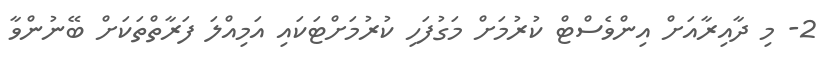
2- މި ދާއިރާއަށް އިންވެސްޓް ކުރުމަށް މަގުފަހި ކުރުމަށްޓަކައި އަމިއްލަ ފަރާތްތަކަށް ބޭނުންވާ